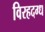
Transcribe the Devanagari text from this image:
विरहदग्ध